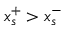
x _ { s } ^ { + } > x _ { s } ^ { - }